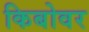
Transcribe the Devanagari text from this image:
किबोवर